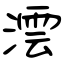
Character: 澐